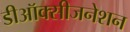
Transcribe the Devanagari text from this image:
डीऑक्सीजनेशन